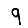
Digit: 9